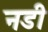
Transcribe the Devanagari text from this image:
नडी